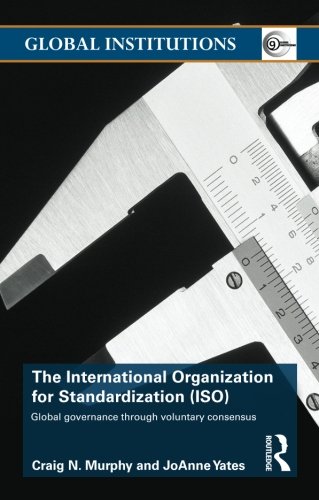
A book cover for The International Organization for Standardization (ISO): Global Governance through Voluntary Consensus (Global Institutions); Craig N. Murphy; Business & Money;